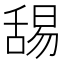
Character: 舓